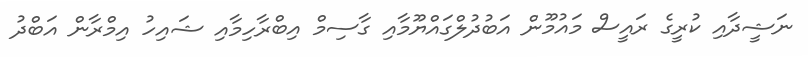
ނަޝީދާއި ކުރީގެ ރައީސް މައުމޫން އަބުދުލްގައްޔޫމާއި ގާސިމް އިބްރާހިމާއި ޝައިހު އިމްރާން އަބްދު